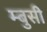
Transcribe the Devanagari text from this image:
म्बुसी